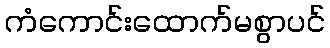
ကံကောင်းထောက်မစွာပင်